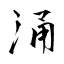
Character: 涌